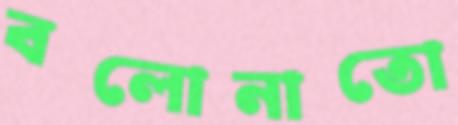
বলোনাতো